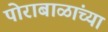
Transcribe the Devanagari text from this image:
पोराबाळांच्या